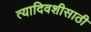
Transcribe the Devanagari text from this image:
त्यादिवशीसाठी